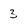
Character: 3